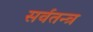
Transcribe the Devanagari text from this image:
सर्वतन्त्र